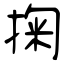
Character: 掬